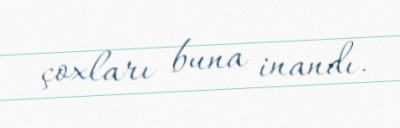
çoxları buna inandı.